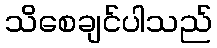
သိစေချင်ပါသည်